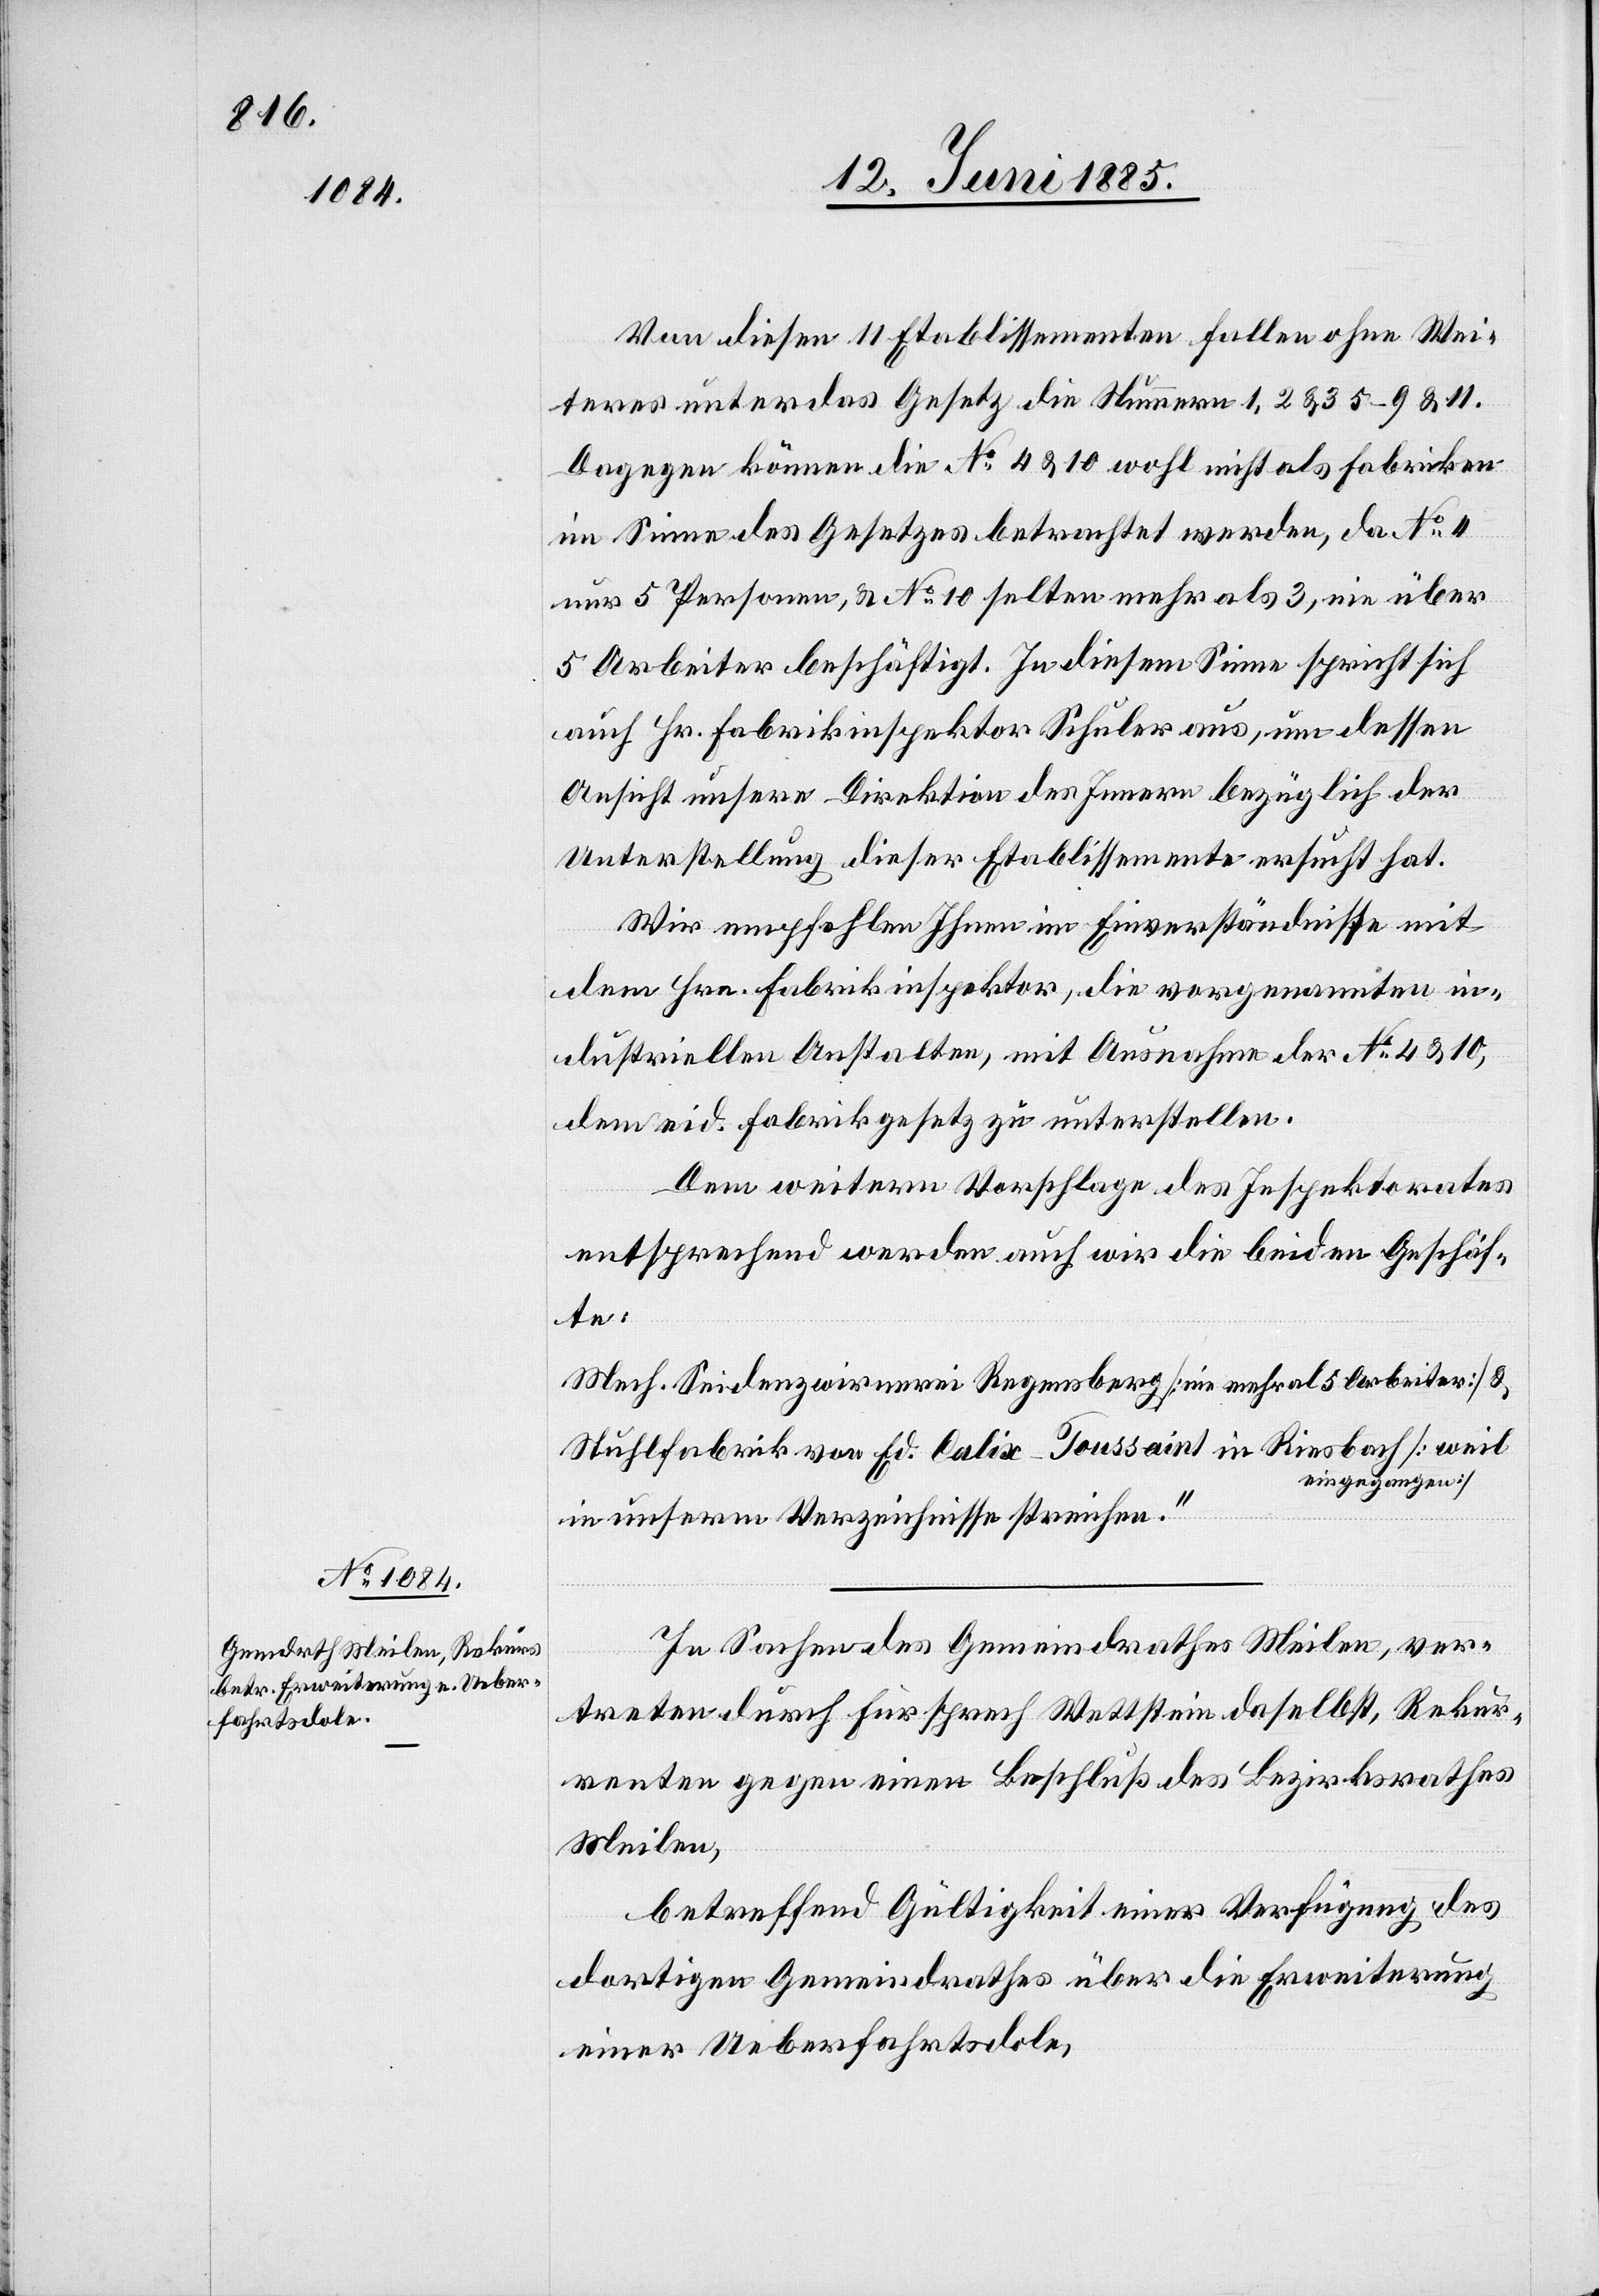
Von diesen 11 Etablissementen fallen ohne Wei¬
teres unter das Gesetz die Nummern 1, 2 & 3, 5–9 & 11.
Dagegen können die No 4 & 10 wohl nicht als Fabriken
im Sinne des Gesetzes betrachtet werden, da No 4
nur 5 Personen, & No 10 selten mehr als 3, nie über
5 Arbeiter beschäftigt. In diesem Sinne spricht sich
auch Hr. Fabrikinspektor Schuler aus, um dessen
Ansicht unsere Direktion des Innern bezüglich der
Unterstellung dieser Etablissemente ersucht hat.
Wir empfehlen Ihnen im Einverständnisse mit
dem Hrn. Fabrikinspektor, die vorgenannten in¬
dustriellen Anstalten, mit Ausnahme der No 4 & 10
dem eid, Fabrikgesetz zu unterstellen.
Dem weitern Vorschlage des Inspektorates
entsprechend werden auch wir die beiden Geschäf¬
te:
Mech. Seidenzwirnerei Regensberg [nie mehr als 5 Arbeiter] &
Stuhlfabrik von Ed. Calix-Toussaint in Riesbach [weil
eingegangen]
in unserm Verzeichnisse streichen.“
In Sachen des Gemeindrathes Meilen, ver¬
treten durch Fürsprech Wettstein daselbst, Rekur¬
renten gegen einen Beschluß des Bezirksrathes
Meilen,
betreffend Gültigkeit einer Verfügung des
dortigen Gemeindrathes über die Erweiterung
einer Ueberfahrtsdole,